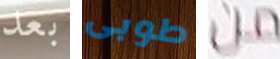
بعد طوبى من